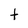
Character: t